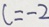
c = - 2